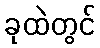
ခုထဲတွင်